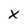
Character: X